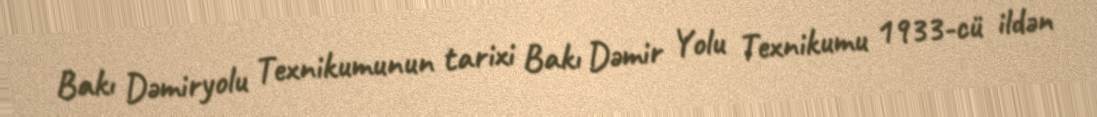
Bakı Dəmiryolu Texnikumunun tarixi Bakı Dəmir Yolu Texnikumu 1933-cü ildən